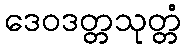
ဒေဝဒတ္တသုတ္တံ